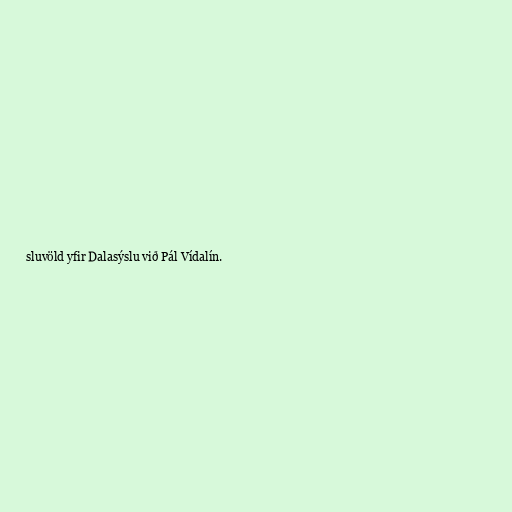
sluvöld yfir Dalasýslu við Pál Vídalín.